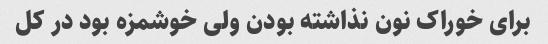
برای خوراک نون نذاشته بودن ولی خوشمزه بود در کل